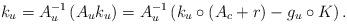
LaTeX: \begin{align*}k_u = A_u^{-1} \left( A_u k_u \right) = A_u^{-1} \left( k_u \circ (A_c + r) - g_u \circ K{}{} \right).\end{align*}